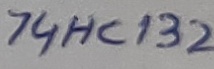
Text: 74HC132